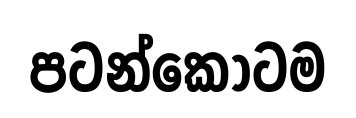
පටන්කොටම